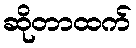
ဆိုတာထက်